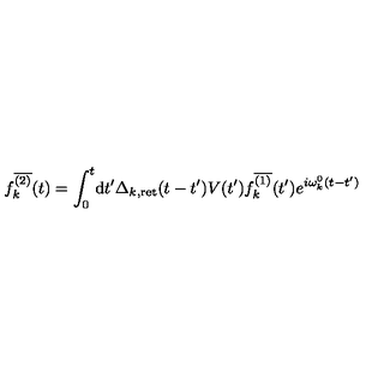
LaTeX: f _ { k } ^ { \overline { { ( 2 ) } } } ( t ) = \int _ { 0 } ^ { t } \! \mathrm { d } t ^ { \prime } \Delta _ { k , \mathrm { r e t } } ( t - t ^ { \prime } ) V ( t ^ { \prime } ) f _ { k } ^ { \overline { { ( 1 ) } } } ( t ^ { \prime } ) e ^ { i \omega _ { k } ^ { 0 } ( t - t ^ { \prime } ) }